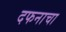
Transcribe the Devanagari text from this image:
दफनाचा